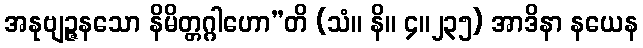
အနုဗျဉ္ဇနသော နိမိတ္တဂ္ဂါဟော”တိ (သံ။ နိ။ ၄။၂၃၅) အာဒိနာ နယေန